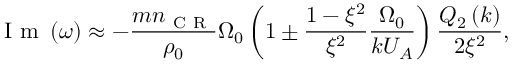
\mathrm { ~ I ~ m ~ } \left( \omega \right) \approx - \frac { m n _ { \mathrm { ~ C ~ R ~ } } } { \rho _ { 0 } } \Omega _ { 0 } \left( 1 \pm \frac { 1 - \xi ^ { 2 } } { \xi ^ { 2 } } \frac { \Omega _ { 0 } } { k U _ { A } } \right) \frac { Q _ { 2 } \left( k \right) } { 2 \xi ^ { 2 } } ,